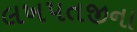
લખપતજીના